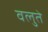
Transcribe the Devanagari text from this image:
वलुते